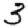
Digit: 3